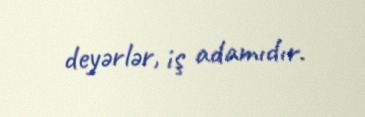
deyərlər, iş adamıdır.